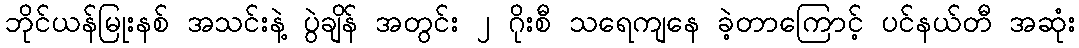
ဘိုင်ယန်မြုးနစ် အသင်းနဲ့ ပွဲချိန် အတွင်း ၂ ဂိုးစီ သရေကျနေ ခဲ့တာကြောင့် ပင်နယ်တီ အဆုံး